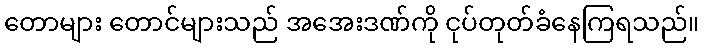
တောများ တောင်များသည် အအေးဒဏ်ကို ငုပ်တုတ်ခံနေကြရသည်။